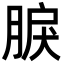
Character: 𦜏